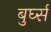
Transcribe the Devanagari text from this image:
बुर्घ्स